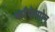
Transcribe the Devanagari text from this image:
काँफेसोन